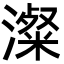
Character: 澯